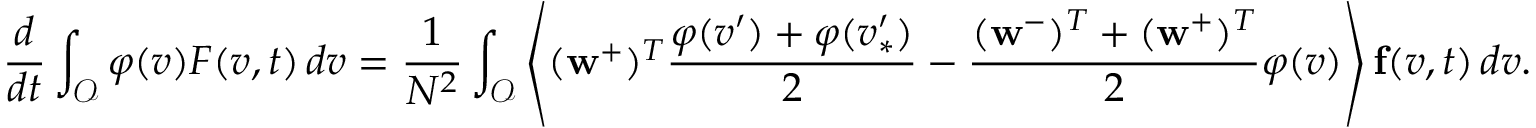
\frac { d } { d t } \int _ { \mathcal { O } } \varphi ( v ) F ( v , t ) \, d v = \frac { 1 } { N ^ { 2 } } \int _ { \mathcal { O } } \left\langle ( \mathbf { w } ^ { + } ) ^ { T } \frac { \varphi ( v ^ { \prime } ) + \varphi ( v _ { \ast } ^ { \prime } ) } { 2 } - \frac { ( \mathbf { w } ^ { - } ) ^ { T } + ( \mathbf { w } ^ { + } ) ^ { T } } { 2 } \varphi ( v ) \right\rangle \mathbf { f } ( v , t ) \, d v .